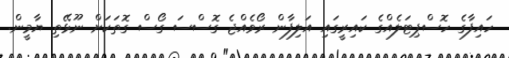
ހައިފާގެ ހޮސްޕިޓަލެއްގެ ކައިރީގައި އަލިފާން ރޯވެއްޖެ ގޮސްސަ ގޯސް ގޮތަކަށް ނޫޅޭތި ޔާމީން.